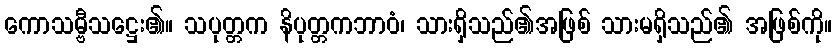
ကောသမ္ဗီသဋ္ဌေး၏။ သပုတ္တက နိပုတ္တကဘာဝံ၊ သားရှိသည်၏အဖြစ် သားမရှိသည်၏ အဖြစ်ကို။